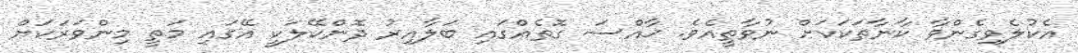
އެކުލެވިގެންވާ ކާނާތަކަކަށް ނުވާތީއެވެ. ޚާއްސަ ގޮތެއްގައި ބަލާއިރު ދޮންކޭލަކީ އޭގައި މަތީ މިންވަރަކަށް